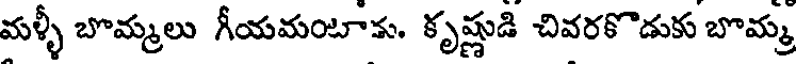
మళ్ళీ బొమ్మలు గీయమంటాకు. కృష్ణుడి చివరకొడుకు బొమ్మ